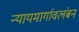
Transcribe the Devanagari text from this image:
न्यायमार्गावलंबन